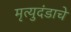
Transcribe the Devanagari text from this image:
मृत्युदंडाचे